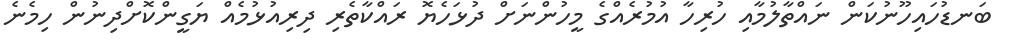
ބަނޑުހައިހޫނުކަން ނައްތާލުމާއި ހުރިހާ އުމުރެއްގެ މީހުންނަށް ދުޅަހެޔޮ ރައްކާތެރި ދިރިއުޅުމެއް ޔަގީންކޮށްދިނުން ހިމެނެ